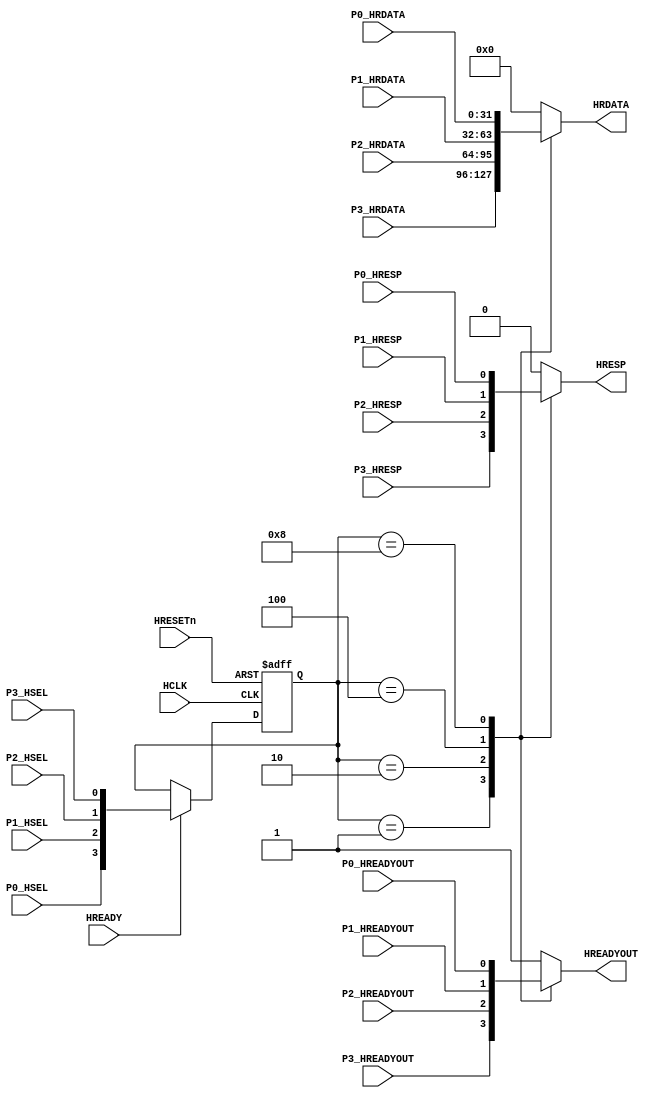
module AHBlite_SlaveMUX (

    input HCLK,
    input HRESETn,
    input HREADY,

    //port 0
    input P0_HSEL,
    input P0_HREADYOUT,
    input P0_HRESP,
    input [31:0] P0_HRDATA,

    //port 1
    input P1_HSEL,
    input P1_HREADYOUT,
    input P1_HRESP,
    input [31:0] P1_HRDATA,

    //port 2
    input P2_HSEL,
    input P2_HREADYOUT,
    input P2_HRESP,
    input [31:0] P2_HRDATA,

    //port 3
    input P3_HSEL,
    input P3_HREADYOUT,
    input P3_HRESP,
    input [31:0] P3_HRDATA,

    //output
    output wire HREADYOUT,
    output wire HRESP,
    output wire [31:0] HRDATA
);

//reg the hsel
reg [3:0] hsel_reg;

always@(posedge HCLK or negedge HRESETn) begin
    if(~HRESETn) hsel_reg <= 4'b0000;
    else if(HREADY) hsel_reg <= {P0_HSEL,P1_HSEL,P2_HSEL,P3_HSEL};
end

//hready mux
reg hready_mux;

always@(*) begin
    case(hsel_reg)
    4'b0001 : begin hready_mux = P3_HREADYOUT;end
    4'b0010 : begin hready_mux = P2_HREADYOUT;end
    4'b0100 : begin hready_mux = P1_HREADYOUT;end
    4'b1000 : begin hready_mux = P0_HREADYOUT;end
    default : begin hready_mux = 1'b1;end
    endcase
end

assign HREADYOUT = hready_mux;

//hresp mux
reg hresp_mux;

always@(*) begin
    case(hsel_reg)
    4'b0001 : begin hresp_mux = P3_HRESP;end
    4'b0010 : begin hresp_mux = P2_HRESP;end
    4'b0100 : begin hresp_mux = P1_HRESP;end
    4'b1000 : begin hresp_mux = P0_HRESP;end
    default : begin hresp_mux = 1'b0;end
    endcase
end

assign HRESP = hresp_mux;

//hrdata mux
reg [31:0] hrdata_mux;

always@(*) begin
    case(hsel_reg)
    4'b0001 : begin hrdata_mux = P3_HRDATA;end
    4'b0010 : begin hrdata_mux = P2_HRDATA;end
    4'b0100 : begin hrdata_mux = P1_HRDATA;end
    4'b1000 : begin hrdata_mux = P0_HRDATA;end
    default : begin hrdata_mux = 32'b0;end
    endcase
end

assign HRDATA = hrdata_mux;

endmodule